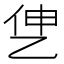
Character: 𰁷